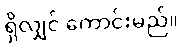
ရှိလျှင် ကောင်းမည်။